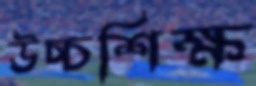
উচ্চশিক্ষ